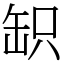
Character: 䍉